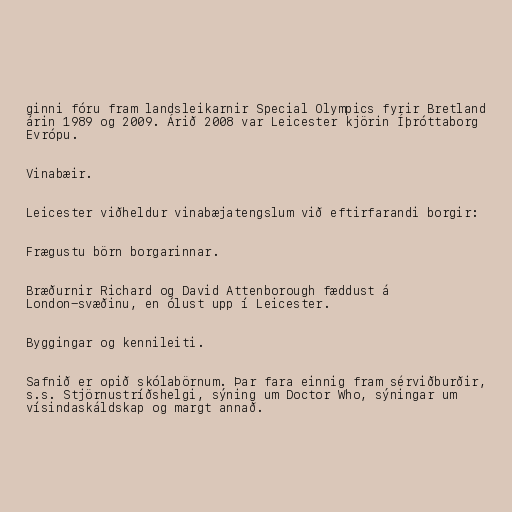
ginni fóru fram landsleikarnir Special Olympics fyrir Bretland
árin 1989 og 2009. Árið 2008 var Leicester kjörin Íþróttaborg
Evrópu.

Vinabæir.

Leicester viðheldur vinabæjatengslum við eftirfarandi borgir:

Frægustu börn borgarinnar.

Bræðurnir Richard og David Attenborough fæddust á
London-svæðinu, en ólust upp í Leicester.

Byggingar og kennileiti.

Safnið er opið skólabörnum. Þar fara einnig fram sérviðburðir,
s.s. Stjörnustríðshelgi, sýning um Doctor Who, sýningar um
vísindaskáldskap og margt annað.